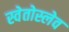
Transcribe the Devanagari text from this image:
स्वेतोस्लेव